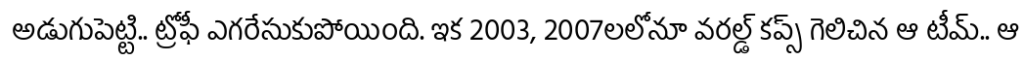
అడుగుపెట్టి.. ట్రోఫీ ఎగరేసుకుపోయింది. ఇక 2003, 2007లలోనూ వరల్డ్ కప్స్ గెలిచిన ఆ టీమ్.. ఆ